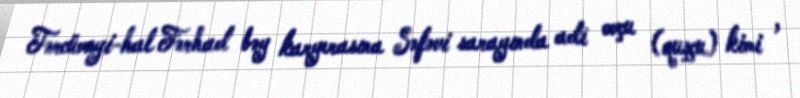
Tərcümeyi-hal Fərhad bəy karyerasına Səfəvi sarayında adi ovçu (quşçu) kimi ,